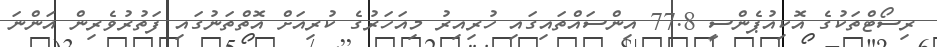
ރިސޯޓްތަކުގެ އޮކިއުޕެންސީ 77.8 އިންސައްތައިގައި ހުރިއިރު މިއަހަރުގެ ކުރިއަށް އޮތްތަނުގައި ފަތުރުވެރިން އަންނަ